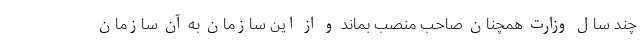
چند سال وزارت همچنان صاحب منصب بماند و از این سازمان به آن سازمان